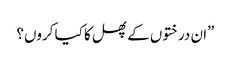
”ان درختوں کے پھل کا کیا کروں؟